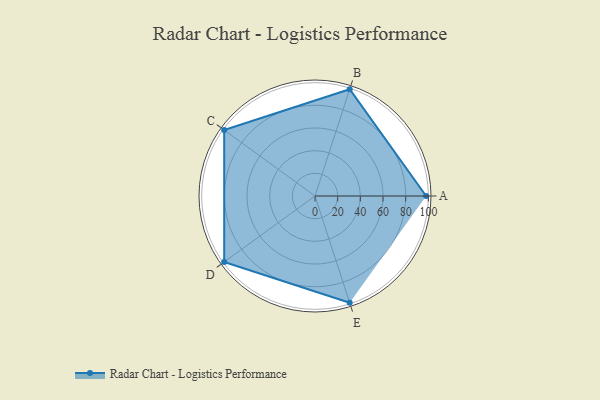
{"axis": {"x": "Skill", "y": "Score"}, "legend": ["Profile"], "data": [{"x": "A", "y": 98.0, "type": "Profile"}, {"x": "B", "y": 99, "type": "Profile"}, {"x": "C", "y": 99, "type": "Profile"}, {"x": "D", "y": 99, "type": "Profile"}, {"x": "E", "y": 99, "type": "Profile"}]}